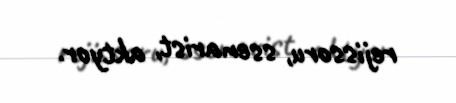
rejissoru, ssenarist, aktyor.